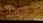
مساكن